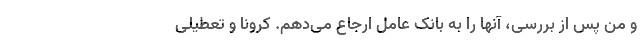
و من پس از بررسی، آنها را به بانک عامل ارجاع می‌دهم. کرونا و تعطیلی